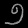
Digit: ၅